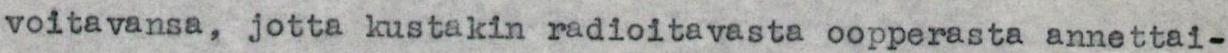
voitavansa, jotta kustakin radioitavasta oopperasta annettai-